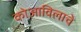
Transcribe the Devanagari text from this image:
कोआविलाचे